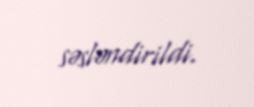
səsləndirildi.